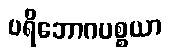
ပရိဘောဂပစ္စယာ